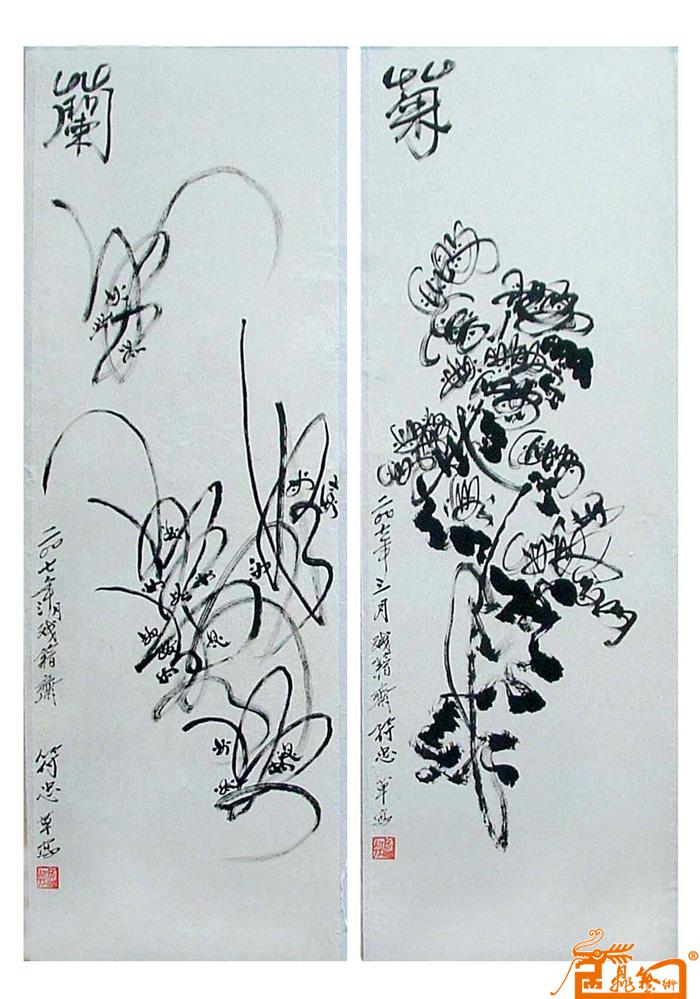
思欲委符节，引竿自刺船。